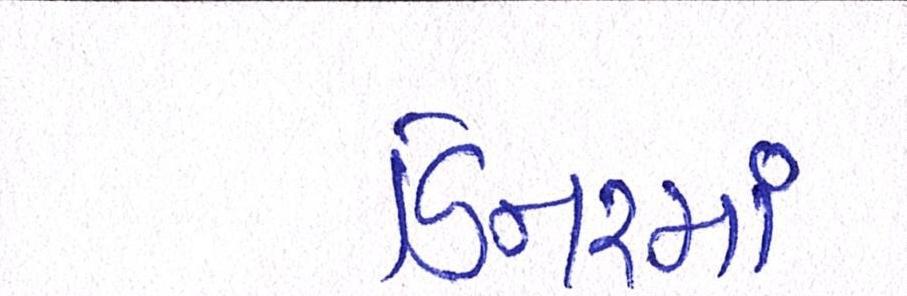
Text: ડિનરમાં